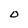
Character: O